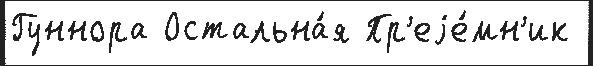
Гуннора Остальна́я Пр'еjе́мн'ик